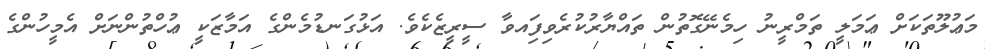
މަޢުލޫތަކަށް ޢަމަލީ ތަމްރީނު ހިމެނޭގޮތުން ތައްޔާރުކުރެވިފަިއވާ ސީރީޒެކެވެ. އަޅުގަނޑުމެންގެ އަމާޒަކީ ޢުހްތުންނަށް އެމީހުންގެ